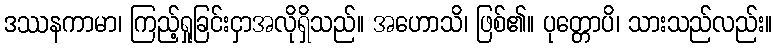
ဒဿနကာမာ၊ ကြည့်ရှုခြင်းငှာအလိုရှိသည်။ အဟောသိ၊ ဖြစ်၏။ ပုတ္တောပိ၊ သားသည်လည်း။